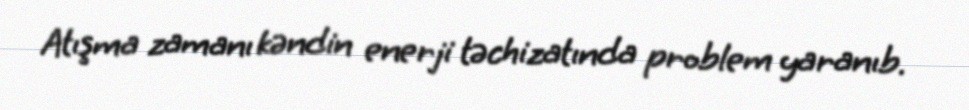
Atışma zamanı kəndin enerji təchizatında problem yaranıb.